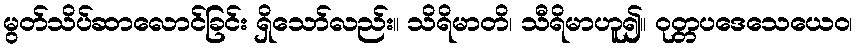
မွတ်သိပ်ဆာလောင်ခြင်း ရှိသော်လည်း။ သိရိမာတိ၊ သီရိမာဟူ၍။ ဝုတ္တပဒေသေယေဝ၊